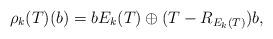
LaTeX: \begin{align*}\rho_k(T)(b) = b E_k(T) \oplus (T-R_{E_k(T)}) b,\end{align*}